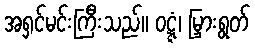
အရှင်မင်းကြီးသည်။ ဝဋ္ဋံ၊ မြှားရွတ်